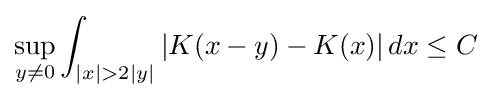
\sup _{y\neq 0}\int _{|x|>2|y|}|K(x-y)-K(x)|\,dx\leq C